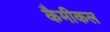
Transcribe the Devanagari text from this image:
कैमीकल